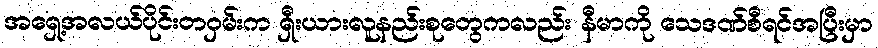
အရှေ့အလယ်ပိုင်းတဝှမ်းက ရှီးယားလူနည်းစုတွေကလည်း နီမာကို သေဒဏ်စီရင်အပြီးမှာ